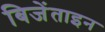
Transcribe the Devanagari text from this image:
बिजेंताइन